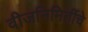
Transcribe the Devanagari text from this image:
वीजनिमिर्तीचे